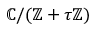
\mathbb { C } / ( \mathbb { Z } + \tau \mathbb { Z } )